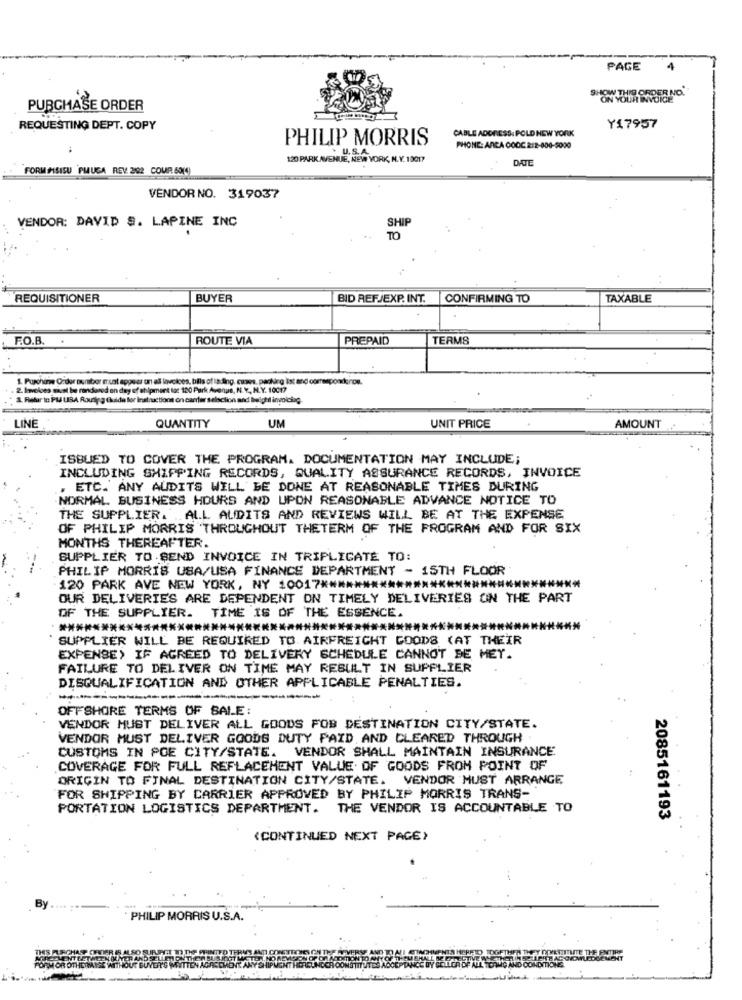
PAGE
THIS ORDER NO.
PURCHASE ORDER
REQUESTING DEPT. COPY
CABLE ADDRESS: POLD NEW YORK
Y17957
PHILIP MORRIS
PHONE: ANCA OOOC. 212-400-5000
120 PARK AVENUE, NEW YORK, N. Y. 10017
DATE
FORM PSISU PMUSA REV 202 COUR 50(4)
VENDOR NO. 319037
SHIP
VENDOR: DAVID S. LAPINE INC
TO
4 +
REQUISITIONER
BUYER
BID REF/EXP. INT.
CONFIRMING TO
TAXABLE
F.O.B.
ROUTE VIA
PREPAID
TERMS
1. Punchin Order number must appear on all lavoices, biis of lading. cuss, packdirg ist and corresponderos.
2. Involoes sacst be rendered
pment tor 120 Park Avenue, N. Y, N.Y. 10017
& Retur to PUJUBA Rauryg G
uctions on caerter
tion and belghil invoicing.
LINE
QUANTITY
UM
UNIT PRICE
AMOUNT
ISBUED TO COVER THE PROGRAM. DOCUMENTATION MAY INCLUDE;
INCLUDING SHIPPING RECORDS, QUALITY ASSURANCE RECORDS, INVOICE
, ETC. ANY AUDITS WILL BE DONE AT REASONABLE TIMES DURING
NORMAL BUSINESS HOURS AND UPON REASONABLE ADVANCE NOTICE TO
THE SUPPLIER. .. ALL AUDITS AND REVIEWS WILL BE AT THE EXPENSE
OF PHILIP MORRIS THROUGHOUT THETERM OF THE PROGRAM AND FOR SIX
MONTHS THEREAFTER.
SUPPLIER TO SEND INVOICE IN TRIPLICATE TO:
PHILIP MORRIS USA/USA FINANCE DEPARTMENT - 15TH FLOOR
120 PARK AVE NEW YORK, NY 10017 ******************
OUR DELIVERIES ARE DEPENDENT ON TIMELY DELIVERIES ON THE PART
OF THE SUPPLIER. TIME IS OF THE ESSENCE.
**********************************************
SUPPLIER WILL BE REQUIRED TO. AIRFREIGHT GOODS (AT THEIR
EXPENSE> IF AGREED TO DELIVERY SCHEDULE CANNOT BE MET.
FAILURE TO DELIVER ON TIME MAY RESULT IN SUPPLIER
DISQUALIFICATION AND OTHER APPLICABLE PENALTIES.
OFFSHORE TERMS OF SALE:
VENDOR MUST DELIVER ALL GOODS FOB DESTINATION CITY/STATE.
VENDOR MUST DELIVER GOODS DUTY PAID AND CLEARED THROUGH
CUSTOMS IN POE CITY/STATE. VENDOR SHALL MAINTAIN INSURANCE
COVERAGE FOR FULL REPLACEMENT VALUE OF GOODS FROM POINT OF
ORIGIN TO FINAL DESTINATION CITY/STATE. VENDOR MUST ARRANGE
FOR SHIPPING BY CARRIER APPROVED BY PHILIP MORRIS TRANS-
PORTATION LOGISTICS DEPARTMENT. THE VENDOR IS ACCOUNTABLE TO
2085161193
(CONTINUED NEXT PAGE>
PHILIP MORRIS U.S.A.